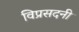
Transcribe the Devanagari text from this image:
विप्रसदनी